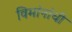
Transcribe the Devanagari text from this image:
विमांनांची